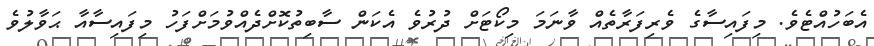
އެބަހުއްޓެވެ. މިފައިސާގެ ވެރިފަރާތެއް ވާނަމަ މިކޯޓަށް ދުރުވެ އެކަން ސާބިތުކޮށްދެއްވުމަށްފަހު މިފައިސާއާ ޙަވާލުވެ